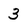
Character: 3